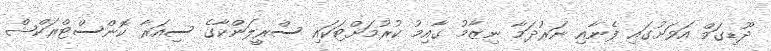
ދޫޑިގަމް އަވަށުގައި ފެނާއި ނަރުދަމާ ނިޒާމު ގާއިމު ކުރުމަށްޓަކައި ސްރީލަންކާގެ ސިއަރާ ކޮންސްޓްރަކްޝް